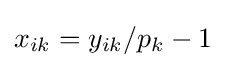
x_{ik}=y_{ik}/p_{k}-1